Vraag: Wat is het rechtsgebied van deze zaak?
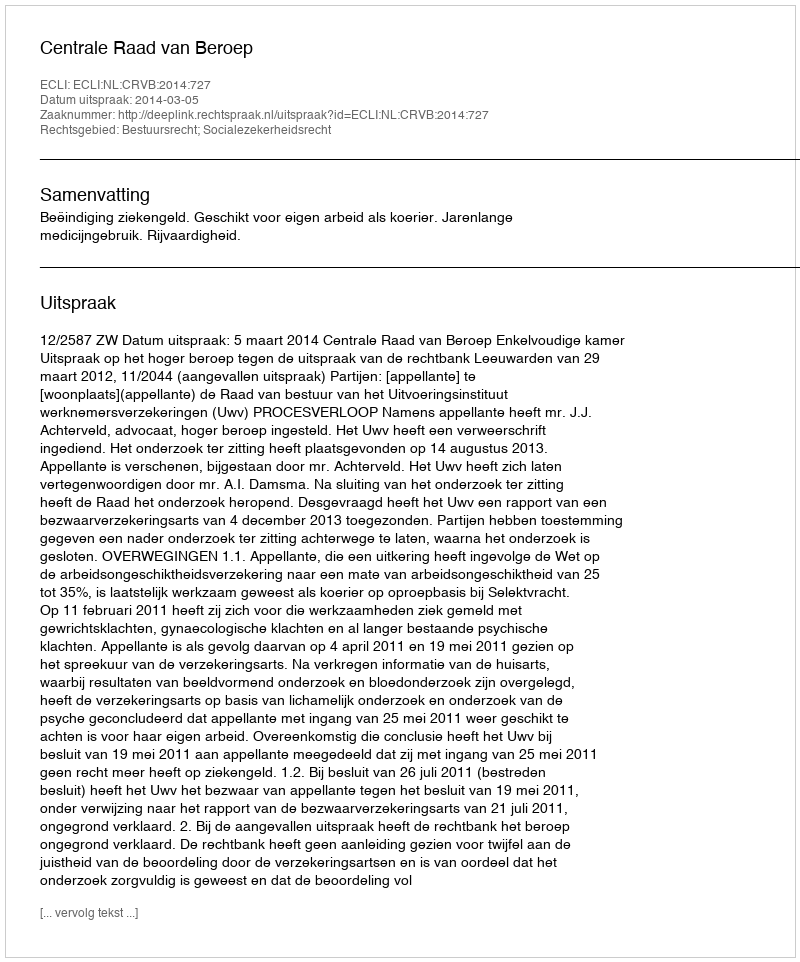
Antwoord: Bestuursrecht; Socialezekerheidsrecht